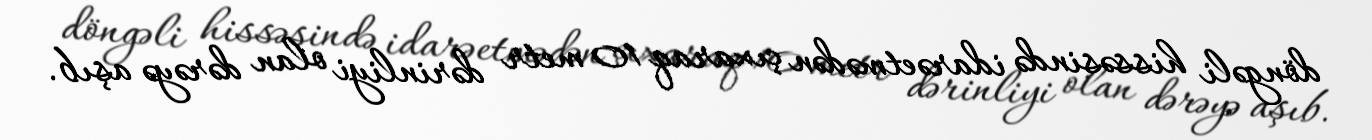
döngəli hissəsində idarəetmədən çıxaraq 10 metr dərinliyi olan dərəyə aşıb.